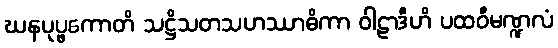
ဃနပုပ္ဖကောတိ သဋ္ဌိသတသဟဿာဓိကာ ဝါဠာဒီဟိ ပထဝီမဏ္ဍလံ